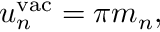
u _ { n } ^ { \mathrm { v a c } } = \pi m _ { n } ,